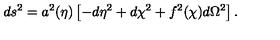
d s ^ { 2 } = a ^ { 2 } ( \eta ) \left[ - d \eta ^ { 2 } + d \chi ^ { 2 } + f ^ { 2 } ( \chi ) d \Omega ^ { 2 } \right] .